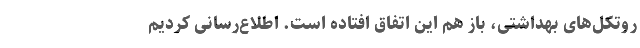
روتکل‌های بهداشتی، باز هم این اتفاق افتاده است. اطلاع‌رسانی کردیم